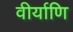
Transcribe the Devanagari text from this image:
वीर्याणि